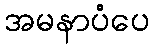
အမနာပံပေ